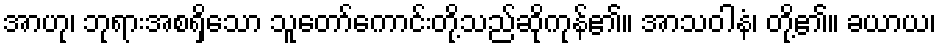
အာဟု၊ ဘုရားအစရှိသော သူတော်ကောင်းတို့သည်ဆိုကုန်၏။ အာသဝါနံ၊ တို့၏။ ခယာယ၊